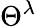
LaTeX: \Theta^{\lambda}